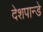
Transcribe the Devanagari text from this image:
देशपान्डे